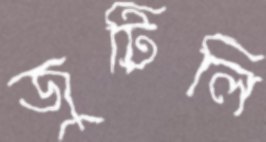
জুটিলি